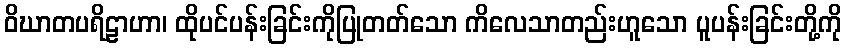
ဝိဃာတပရိဠာဟာ၊ ထိုပင်ပန်းခြင်းကိုပြုတတ်သော ကိလေသာတည်းဟူသော ပူပန်းခြင်းတို့ကို